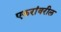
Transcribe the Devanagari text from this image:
एकरांवरील